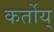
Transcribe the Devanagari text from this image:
कर्तोय्